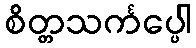
စိတ္တသင်္ကပ္ပေါ